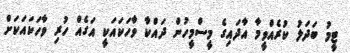
ޓީމު ބަދަލު ކުރެއްވީމާ އާދައިގެ މީސްމީހުން ދައްކާ ވާހަކައަކީ އަގެއް ހުރި ވާހަކައަކަށް